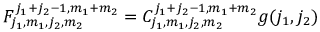
F _ { j _ { 1 } , m _ { 1 } , j _ { 2 } , m _ { 2 } } ^ { j _ { 1 } + j _ { 2 } - 1 , m _ { 1 } + m _ { 2 } } = C _ { j _ { 1 } , m _ { 1 } , j _ { 2 } , m _ { 2 } } ^ { j _ { 1 } + j _ { 2 } - 1 , m _ { 1 } + m _ { 2 } } g ( j _ { 1 } , j _ { 2 } )